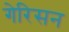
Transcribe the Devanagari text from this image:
गेरिसन